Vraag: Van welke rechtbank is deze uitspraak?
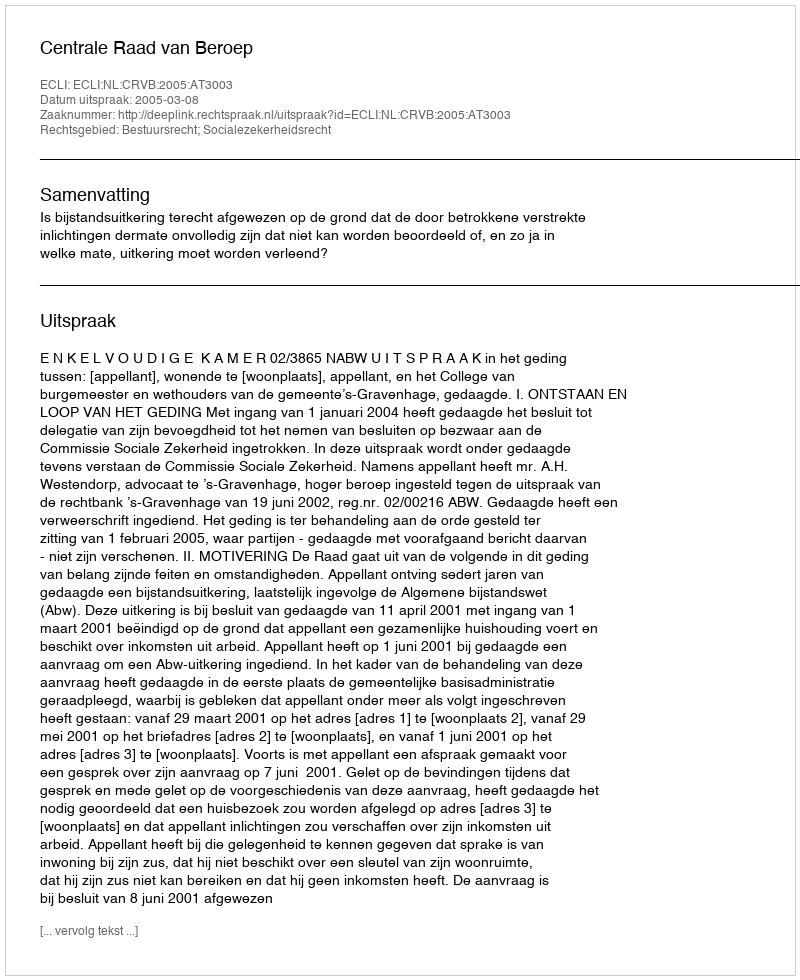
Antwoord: Centrale Raad van Beroep